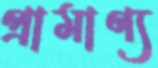
প্রামাণ্য